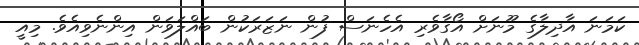
ކަމަނަ އާދިލާގެ މޫނަށް އޯގާވެރި އެހެނަސް ފުން ނަޒަރަކުން ބައްލަވަން އިންނެވިއެވެ. މިއީ